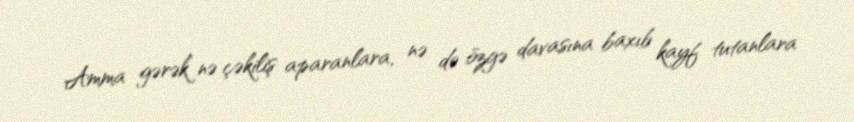
Amma gərək nə çəkiliş aparanlara, nə də özgə davasına baxıb kayf tutanlara